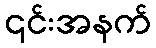
၎င်းအနက်